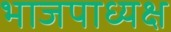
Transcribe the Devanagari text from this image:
भाजपाध्यक्ष